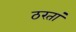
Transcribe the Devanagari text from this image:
ठरतां